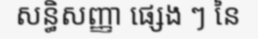
សន្ធិសញ្ញា ផ្សេង ៗ នៃ